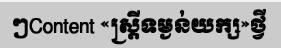
ៗContent «ស្ត្រីទម្ងន់យក្ស»ថ្វី